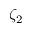
\zeta _ { 2 }